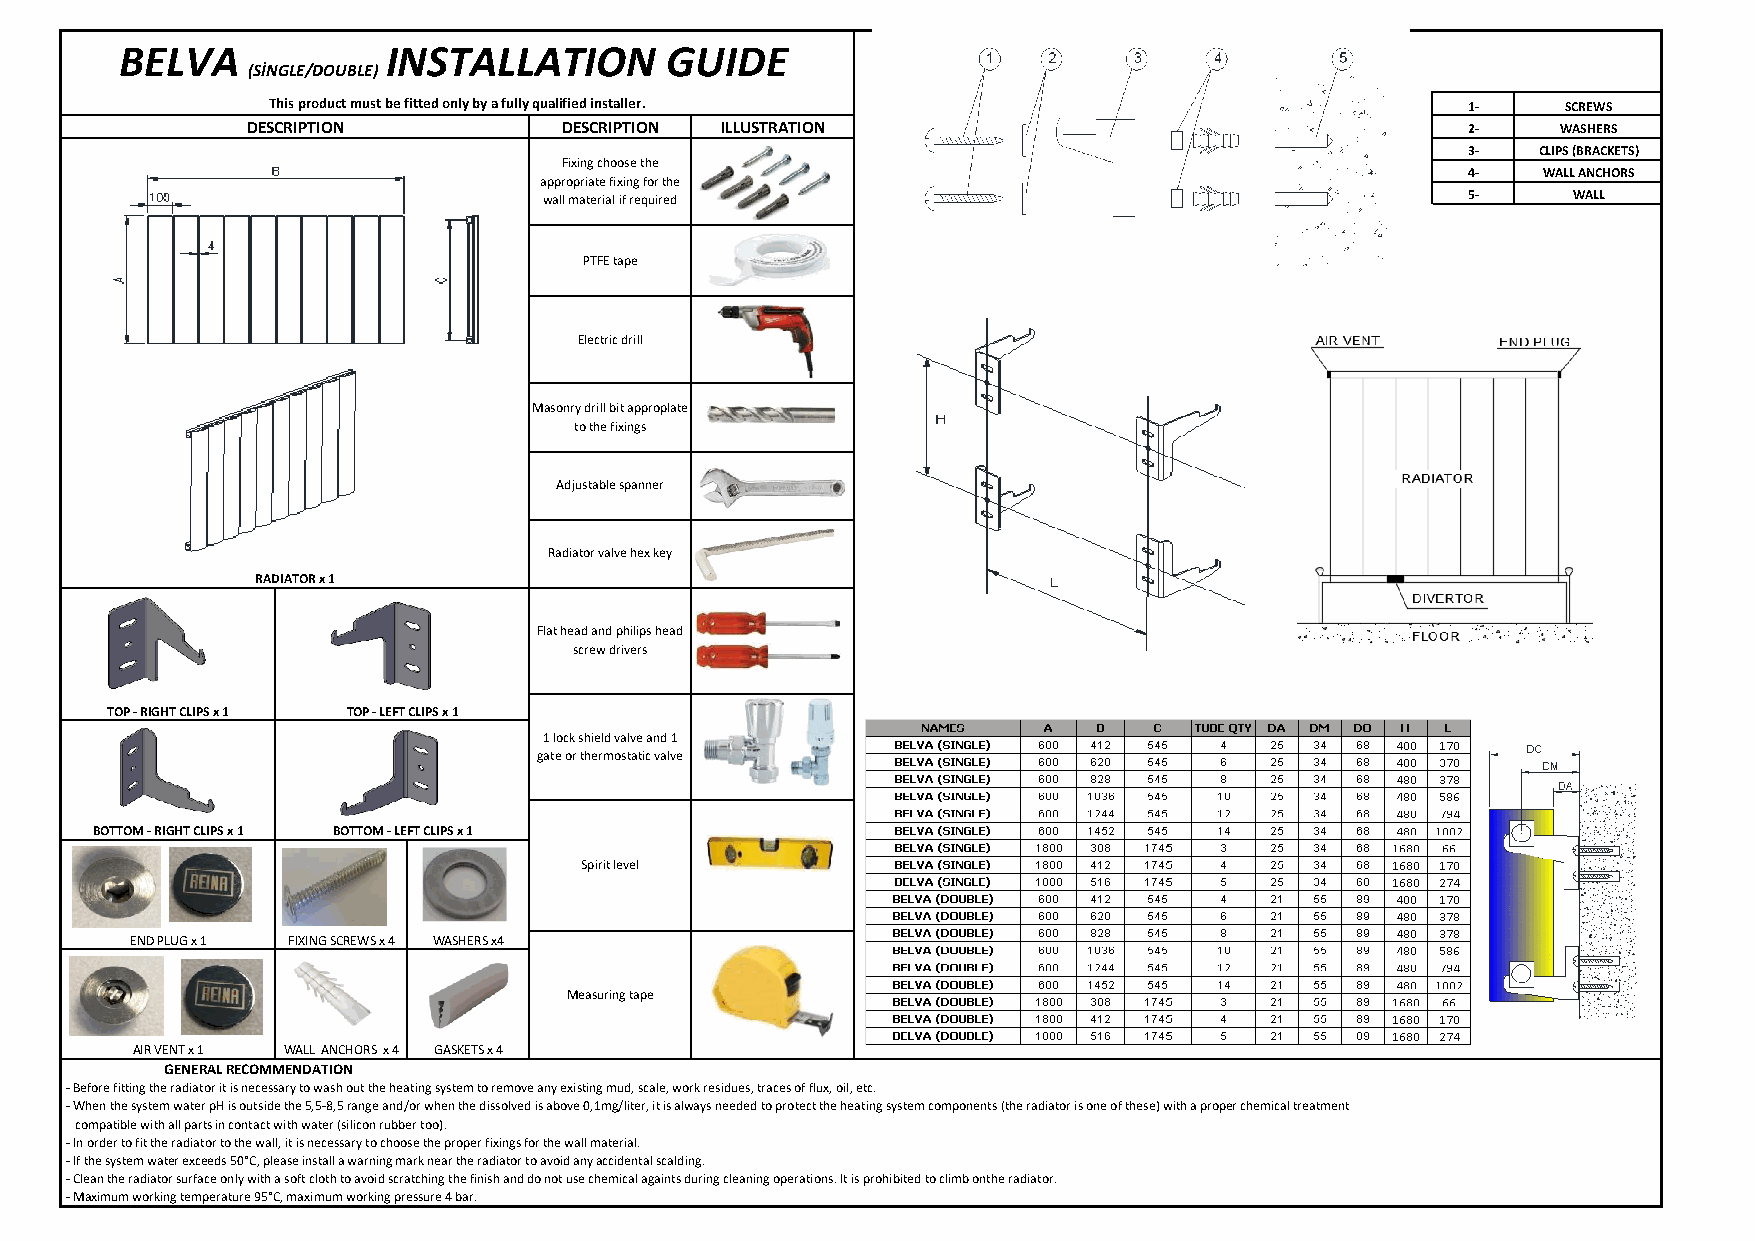
BELVA             INSTALLATION      GUIDE
 (SİNGLE/DOUBLE)
 This product must be fitted only by a fully qualified installer.               1-     SCREWS
 DESCRIPTION          DESCRIPTION ILLUSTRATION                                    2-    WASHERS
 3-   CLIPS (BRACKETS)
 Fixing choose the
 4-   WALL ANCHORS
 appropriate fixing for the
 wall material if required                                    5-     WALL
 PTFE tape
 Electric drill
 Masonry drill bit approplate
 to the fixings
 Adjustable spanner
 Radiator valve hex key
 RADIATOR x 1
 Flat head and philips head
 screw drivers
 TOP - RIGHT CLIPS x 1 TOP - LEFT CLIPS x 1
 1 lock shield valve and 1
 gate or thermostatic valve
 BOTTOM - RIGHT CLIPS x 1 BOTTOM - LEFT CLIPS x 1
 Spirit level
 END PLUG x 1 FIXING SCREWS x 4 WASHERS x4
 Measuring tape
 AIR VENT x 1 WALL ANCHORS x 4 GASKETS x 4
 GENERAL RECOMMENDATION
 - Before fitting the radiator it is necessary to wash out the heating system to remove any existing mud, scale, work residues, traces of flux, oil, etc.
 - When the system water pH is outside the 5,5-8,5 range and/or when the dissolved is above 0,1mg/liter, it is always needed to protect the heating system components (the radiator is one of these) with a proper chemical treatment
 compatible with all parts in contact with water (silicon rubber too).
 - In order to fit the radiator to the wall, it is necessary to choose the proper fixings for the wall material.
 - If the system water exceeds 50°C, please install a warning mark near the radiator to avoid any accidental scalding.
 - Clean the radiator surface only with a soft cloth to avoid scratching the finish and do not use chemical againts during cleaning operations. It is prohibited to climb onthe radiator.
 - Maximum working temperature 95°C, maximum working pressure 4 bar.